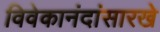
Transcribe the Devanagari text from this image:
विवेकानंदांसारखे